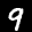
Label: 9